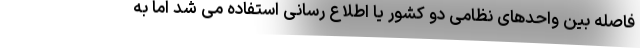
فاصله بین واحدهای نظامی دو کشور یا اطلاع رسانی استفاده می شد اما به